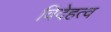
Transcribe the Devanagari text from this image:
विदेहत्व